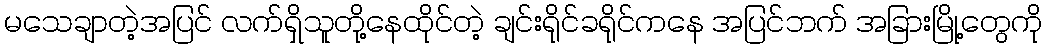
မသေချာတဲ့အပြင် လက်ရှိသူတို့နေထိုင်တဲ့ ချင်းရိုင်ခရိုင်ကနေ အပြင်ဘက် အခြားမြို့တွေကို